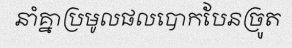
នាំគ្នាប្រមូលផលបោកបែនច្រូត